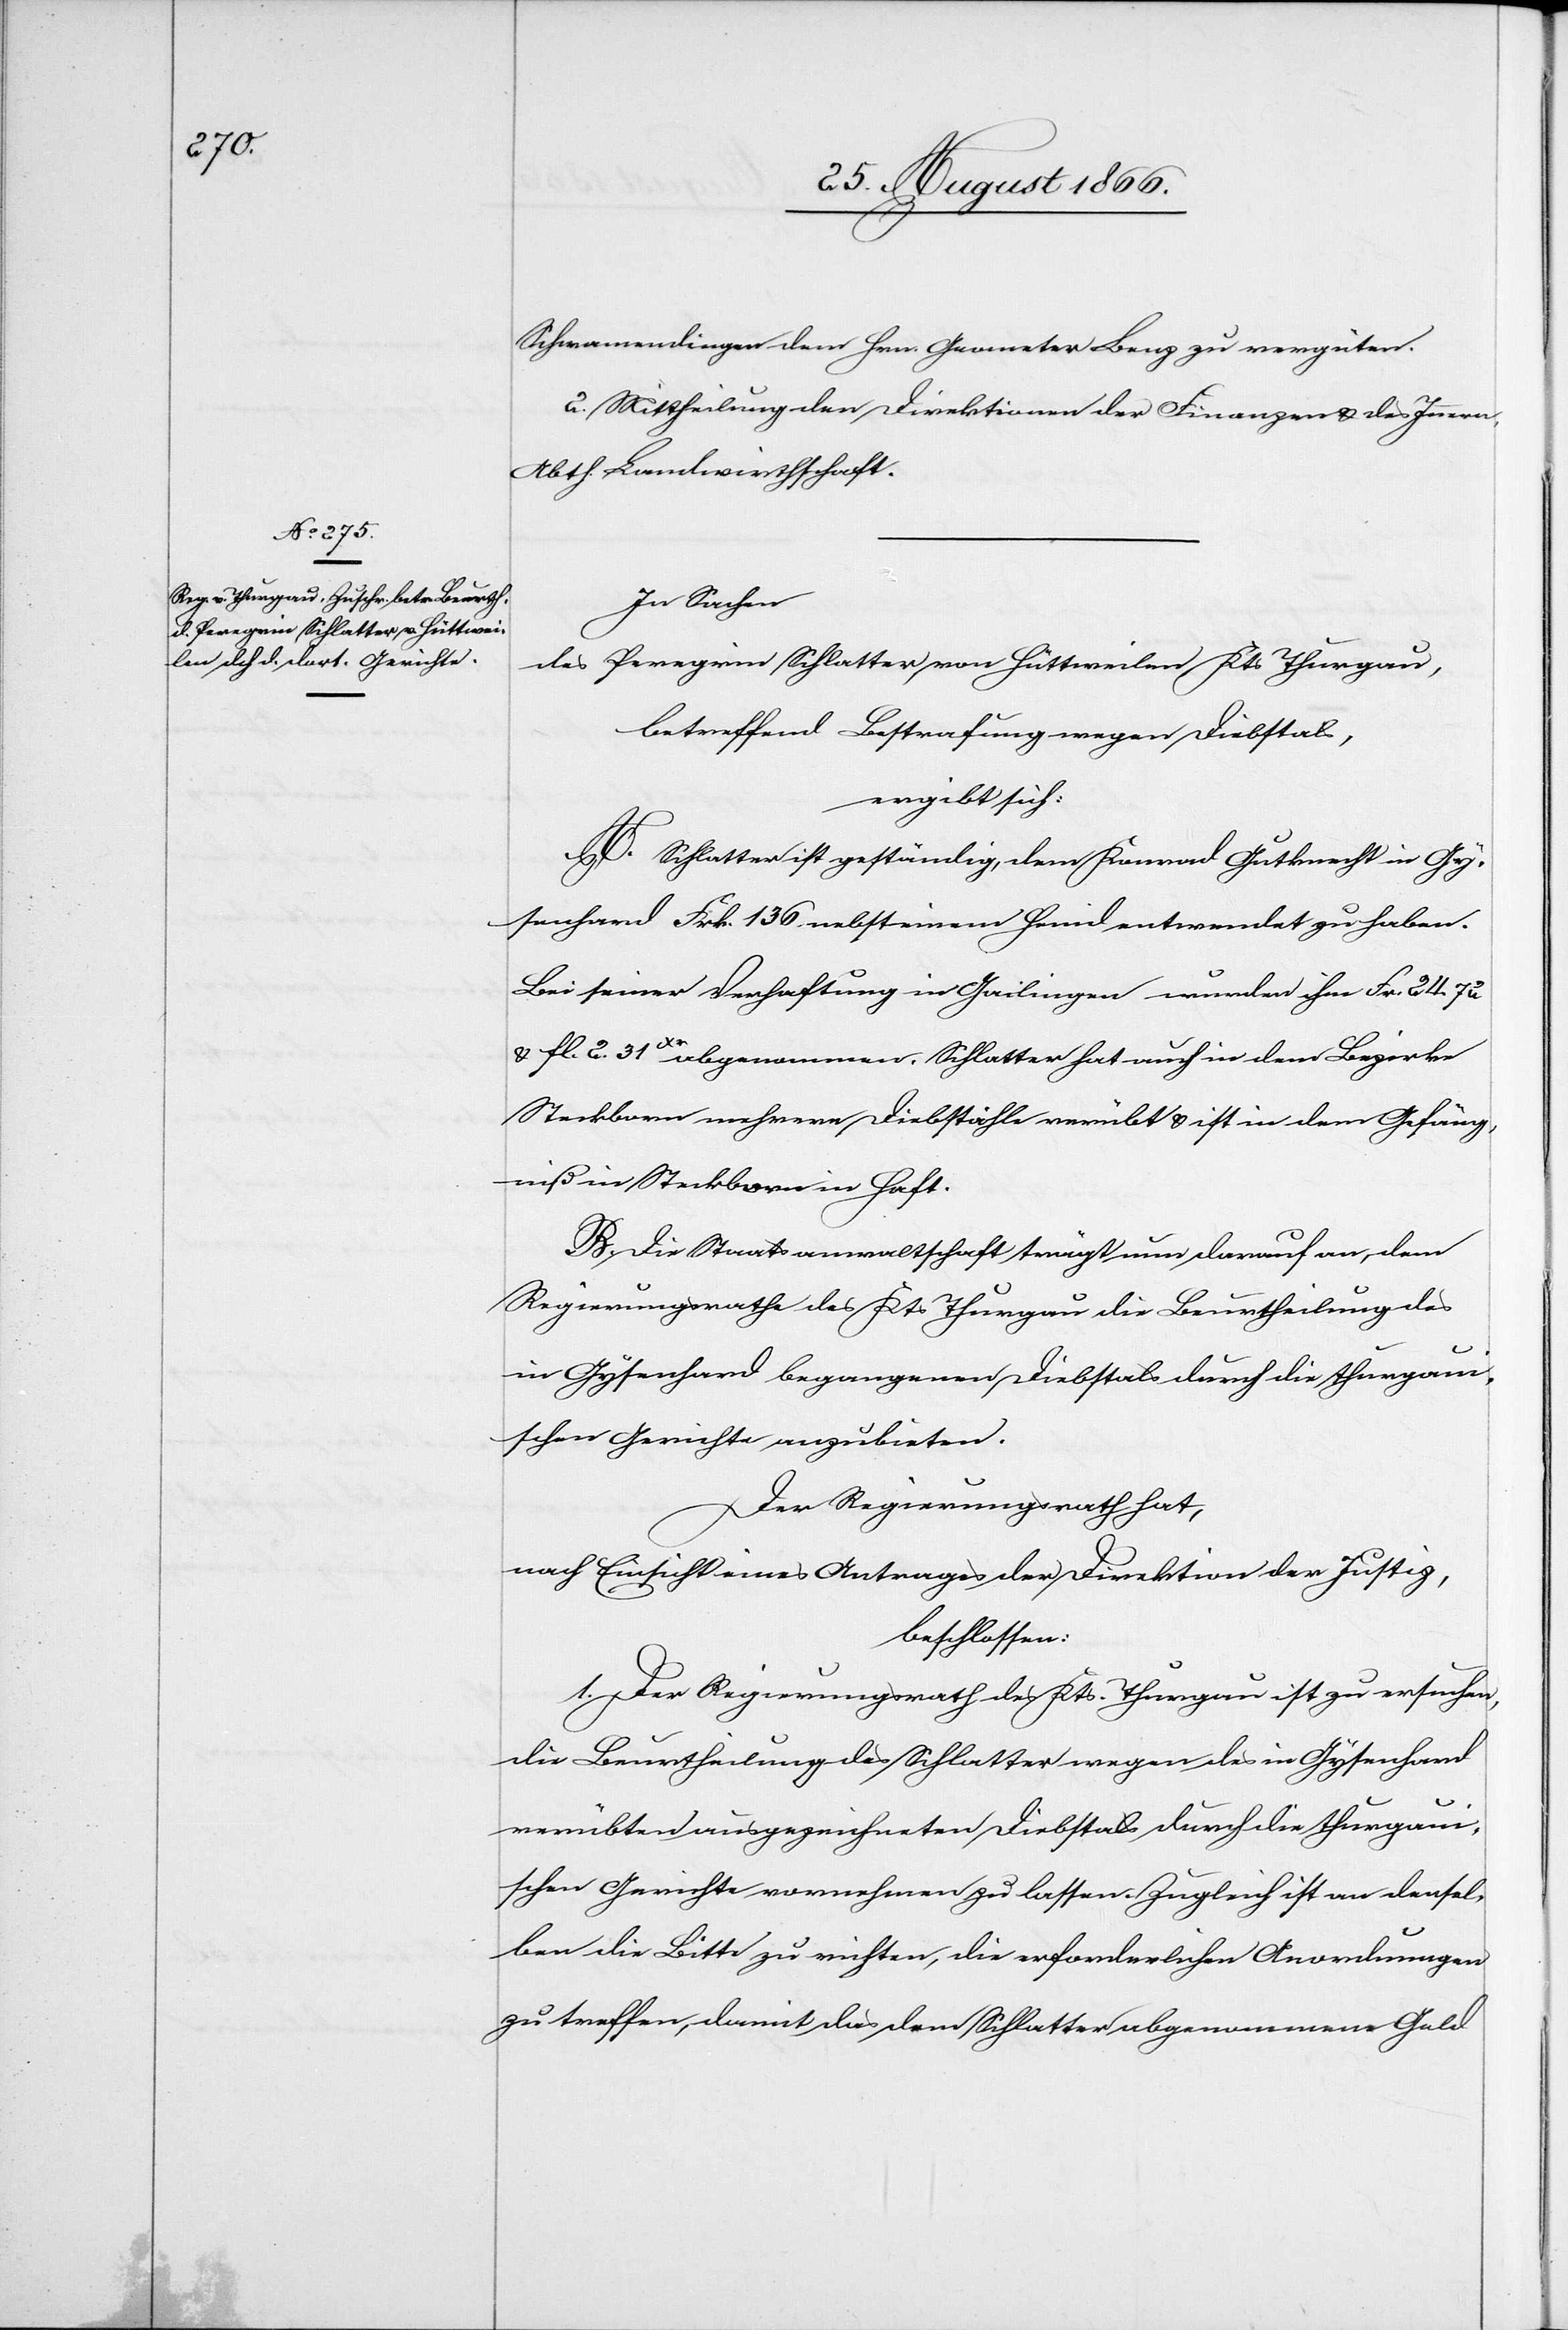
Schwamendingen dem Hrn. Geometer Benz zu vergüten.
2. Mittheilung den Direktionen der Finanzen u. des Innern,
Abth. Landwirthschaft.
In Sachen
des Peregrin Schlatter von Hüttweilen Kts. Thurgau,
betreffend Bestrafung wegen Diebstals,
ergibt sich:
A. Schlatter ist geständig, dem Konrad Gutknecht in Gy¬
senhard Frk. 136 nebst einem Hemd entwendet zu haben.
Bei seiner Verhaftung in Gailingen wurden ihm Fr. 24.72
u. fl. 2.32 Xr. abgenommen. Schlatter hat auch in dem Bezirke
Steckborn mehrere Diebstähle verübt u. ist in dem Gefäng¬
niß in Steckborn in Haft.
B. Die Staatsanwaltschaft trägt nun darauf an, dem
Regierungsrathe des Kts. Thurgau die Beurtheilung des
in Gysenhard begangenen Diebstals durch die thurgaui¬
schen Gerichte anzubieten.
Der Regierungsrath hat,
nach Einsicht eines Antrages der Direktion der Justiz,
beschlossen:
1. Der Regierungsrath des Kts. Thurgau ist zu ersuchen,
die Beurtheilung des Schlatter wegen des in Gysenhard
verübten ausgezeichneten Diebstals durch die thurgaui¬
schen Gerichte vornehmen zu lassen. Zugleich ist an densel¬
ben die Bitte zu richten, die erforderlichen Anordnungen
zu treffen, damit das dem Schlatter abgenommene Geld